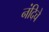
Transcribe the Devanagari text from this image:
नंदिचे